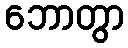
ဘောတွာ